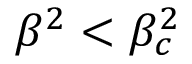
\beta ^ { 2 } < \beta _ { c } ^ { 2 }